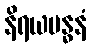
နိရယဗန္ဓနံ